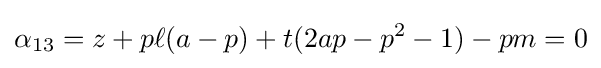
\alpha _{13}=z+p\ell (a-p)+t(2ap-p^{2}-1)-pm=0